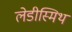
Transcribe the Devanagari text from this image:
लेडीस्मिथ